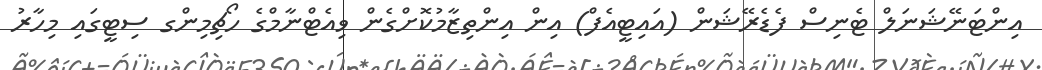
އިންޓަނޭޝަނަލް ޓެނިސް ފެޑެރޭޝަން (އައިޓީއެފް) އިން އިންތިޒާމުކޮށްގެން ވިއެޓްނާމްގެ ހޯޗިމިންގ ސިޓީގައި މިހާރު